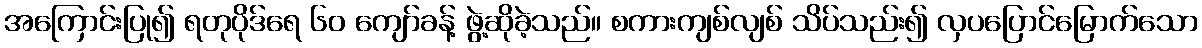
အကြောင်းပြု၍ ရတုပိုဒ်ရေ ၆၀ ကျော်ခန့် ဖွဲ့ဆိုခဲ့သည်။ စကားကျစ်လျစ် သိပ်သည်း၍ လှပပြောင်မြောက်သော